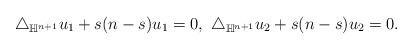
LaTeX: \begin{align*} \triangle_{\mathbb{H}^{n+1}}u_{1}+s(n-s)u_{1}=0,\ \triangle_{\mathbb{H}^{n+1}}u_{2}+s(n-s)u_{2}=0. \end{align*}